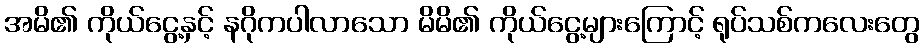
အမိ၏ ကိုယ်ငွေ့နှင့် နဂိုကပါလာသော မိမိ၏ ကိုယ်ငွေ့များကြောင့် ရုပ်သစ်ကလေးတွေ